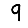
Digit: 9